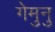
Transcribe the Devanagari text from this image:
गेमुनु